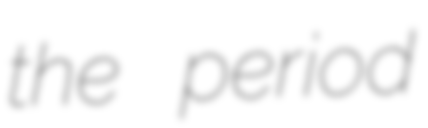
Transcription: the period